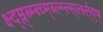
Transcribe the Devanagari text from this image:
क्ष्द्म्ल्ब्म्ब्च्म्ब्ल्म्ल्स्र्ल्क्ष्ल्द्फ्